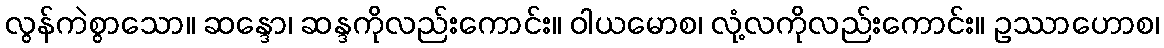
လွန်ကဲစွာသော။ ဆန္ဒော၊ ဆန္ဒကိုလည်းကောင်း။ ဝါယမောစ၊ လုံ့လကိုလည်းကောင်း။ ဥဿာဟောစ၊